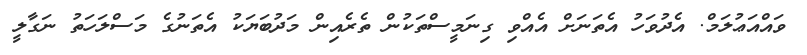
ވައްއަޢުލަމް. އެދުވަހު އެތަނަށް އެއްވި ގިނަމީސްތަކުން ތެރެއިން މަދުބަޔަކު އެތަނުގެ މަސްލަހަތު ނަގާލީ